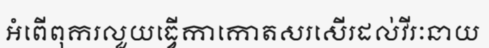
អំពើពុករលួយធ្វើកាកោតសរសើរដល់វីរៈនាយ